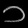
Digit: ၁